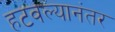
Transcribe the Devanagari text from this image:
हटवल्यानंतर